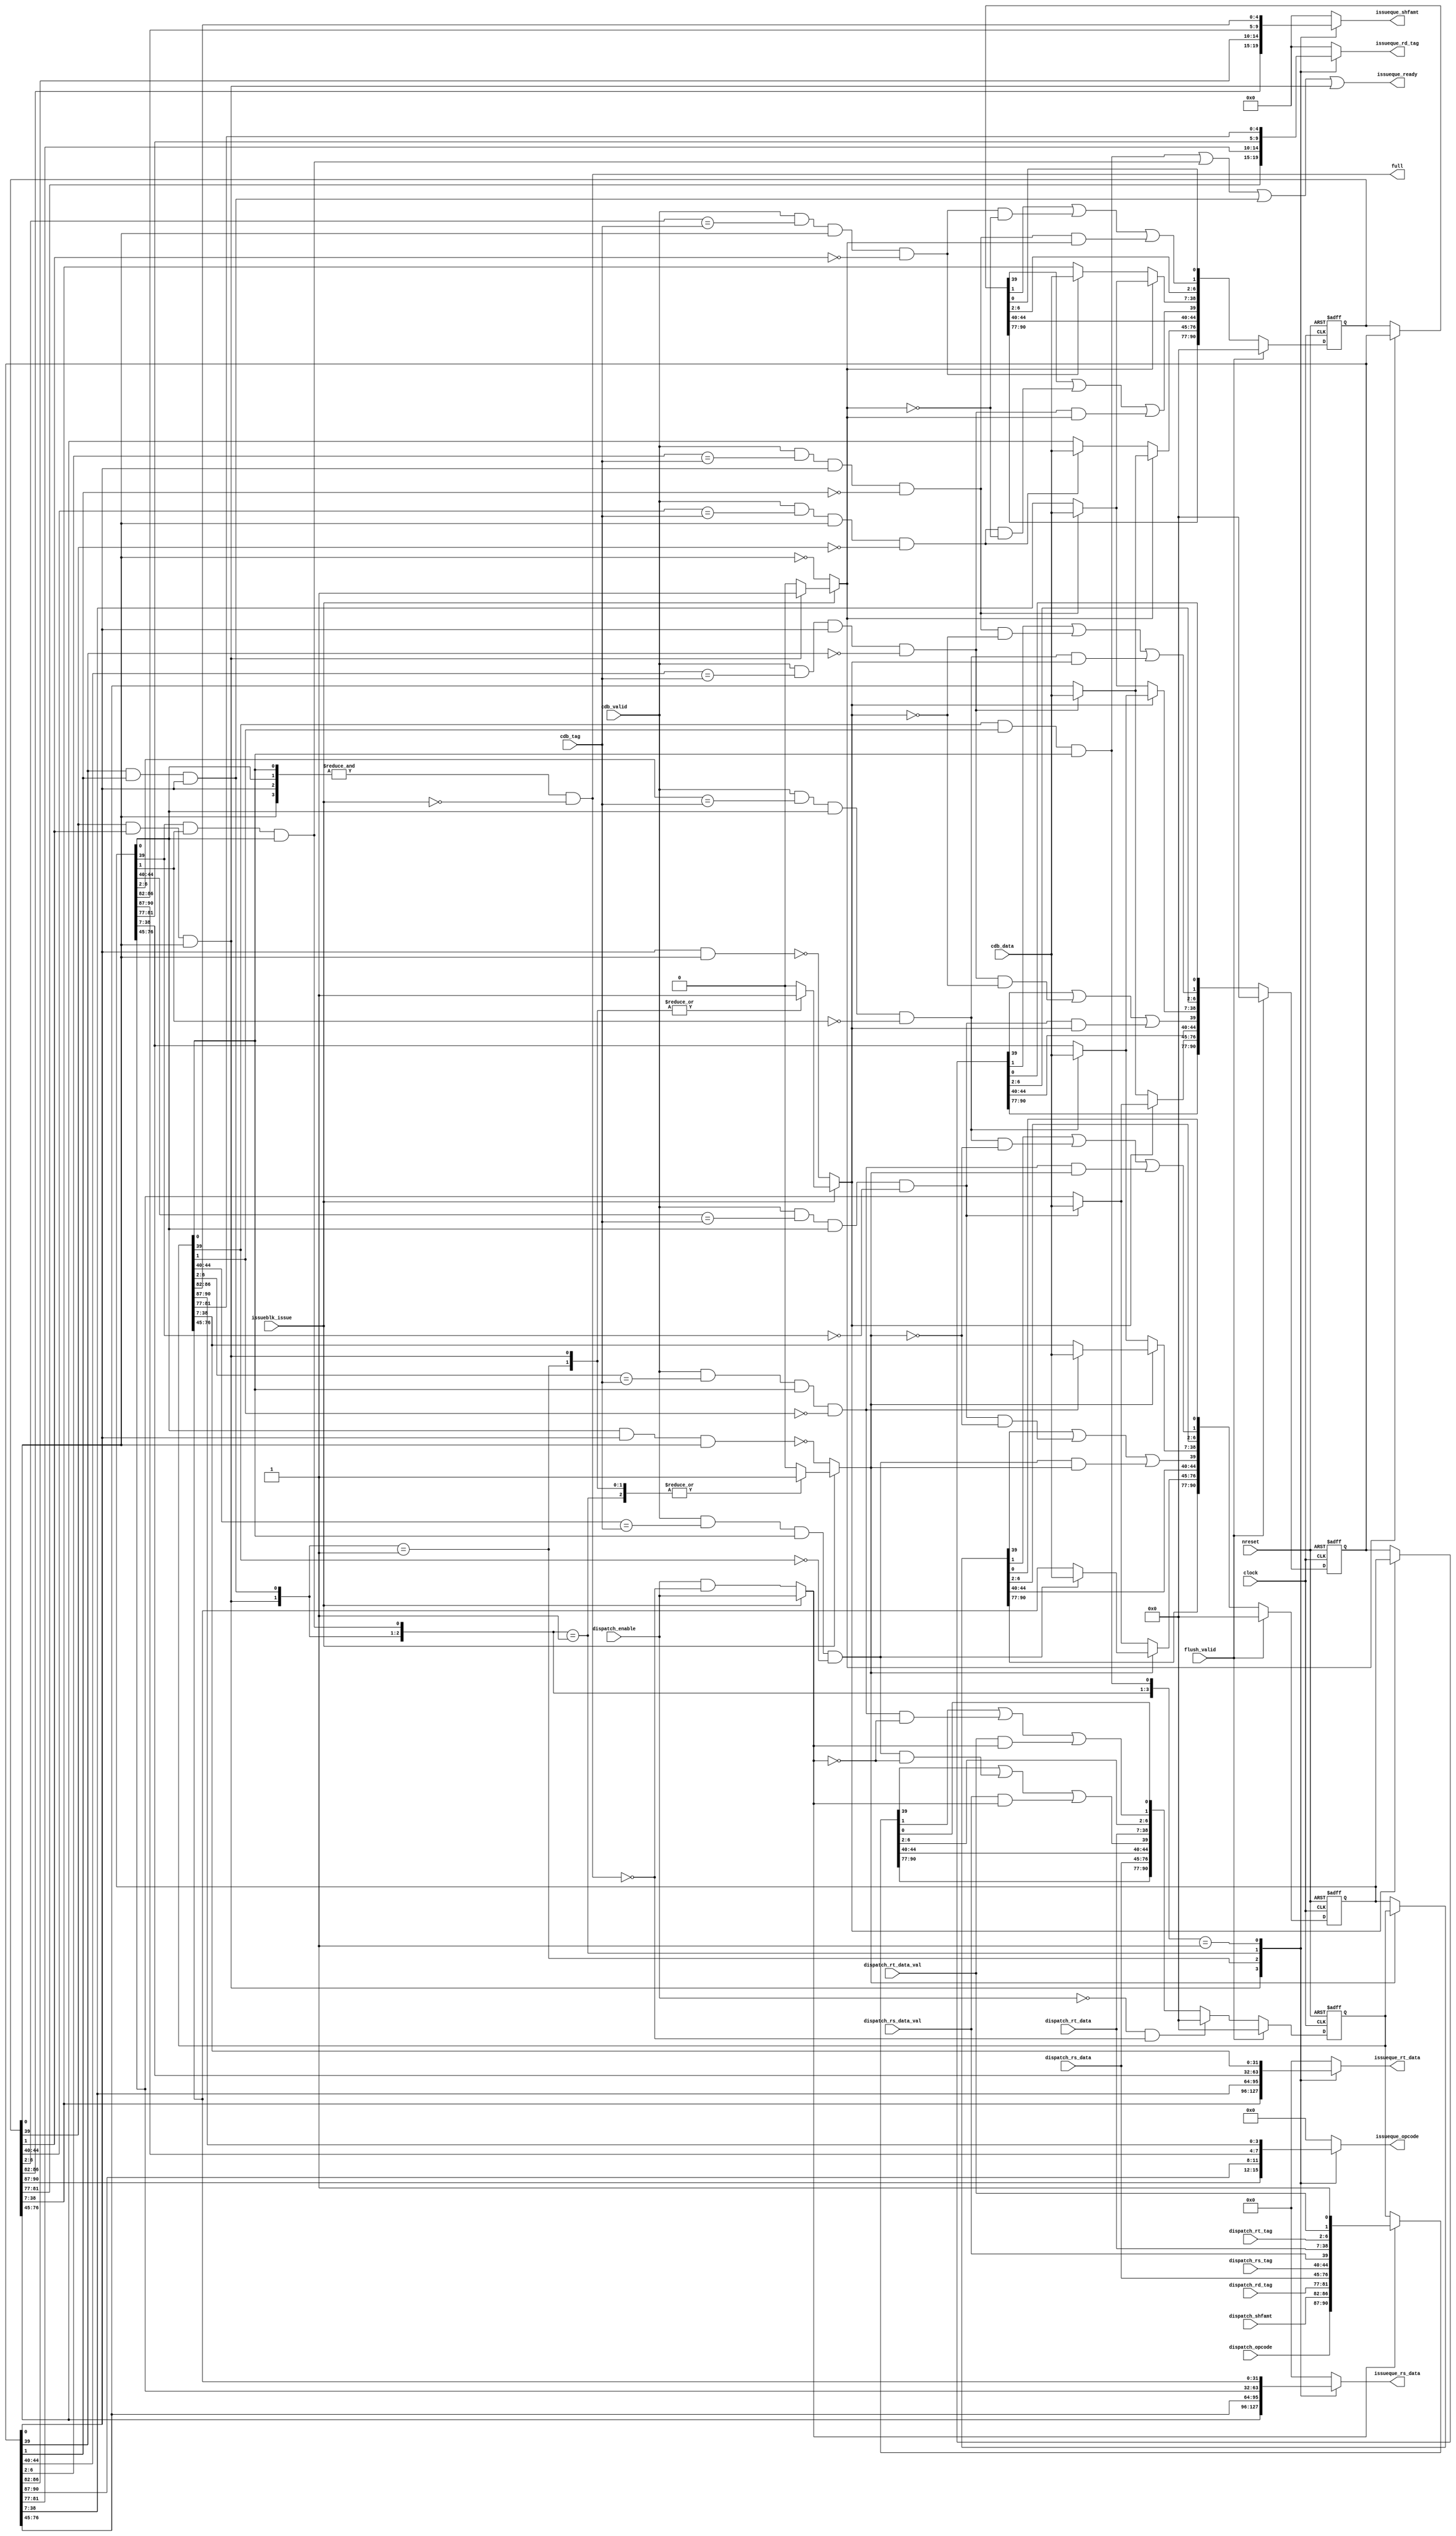
//
//-------------------------------------------------------------------------------------------------
//-------------------------------------------------------------------------------------------------
// modification history
// author          date        description
// Diana Garca    2012-03-30  creation
//-------------------------------------------------------------------------------------------------

//-------------------------------------------------------------------------------------------------
//
// MODULE: integer_queue
//
//-------------------------------------------------------------------------------------------------
module integer_queue (
  clock,
  nreset,
  dispatch_enable,
  dispatch_opcode,
  dispatch_rd_tag,
  dispatch_rs_data,
  dispatch_rs_tag,
  dispatch_rs_data_val,
  dispatch_rt_data,
  dispatch_rt_tag,
  dispatch_rt_data_val,
  dispatch_shfamt,
  full,
  cdb_valid,
  cdb_tag,
  cdb_data,
  issueblk_issue,
  issueque_ready,
  issueque_rs_data,
  issueque_rt_data,
  issueque_rd_tag,
  issueque_opcode,
  issueque_shfamt,
  flush_valid
);

  //-----------------------------------------------------------------------------------------------
  //
  // Parameters
  //
  //-----------------------------------------------------------------------------------------------

  //-----------------------------------------------------------------------------------------------
  //
  // Interfaces
  //
  //-----------------------------------------------------------------------------------------------
  input clock;
  input nreset;

  //-------------------------------------------------------------------------------------------------
  // Dispatch interface
  //-------------------------------------------------------------------------------------------------
  input             dispatch_enable;
  input      [ 3:0] dispatch_opcode;
  input      [ 4:0] dispatch_rd_tag;
  input      [31:0] dispatch_rs_data;
  input      [ 4:0] dispatch_rs_tag;
  input             dispatch_rs_data_val;
  input      [31:0] dispatch_rt_data;
  input      [ 4:0] dispatch_rt_tag;
  input             dispatch_rt_data_val;
  input      [ 4:0] dispatch_shfamt;

  output reg        full;

  //-------------------------------------------------------------------------------------------------
  // CDB interface
  //-------------------------------------------------------------------------------------------------
  input             cdb_valid;
  input      [ 4:0] cdb_tag;
  input      [31:0] cdb_data;

  //-------------------------------------------------------------------------------------------------
  // Issue unit interface
  //-------------------------------------------------------------------------------------------------
  input             issueblk_issue;
  output reg        issueque_ready;
  output reg [31:0] issueque_rs_data;
  output reg [31:0] issueque_rt_data;
  output reg [ 4:0] issueque_rd_tag;
  output reg [ 3:0] issueque_opcode;
  output reg [ 4:0] issueque_shfamt;

  //-------------------------------------------------------------------------------------------------
  // ROB interface
  //-------------------------------------------------------------------------------------------------
  input             flush_valid;

  //-----------------------------------------------------------------------------------------------
  //
  // Internal signals
  //
  //-----------------------------------------------------------------------------------------------
  integer i;
  genvar n;

  //-----------------------------------------------------------------------------------------------
  // Variables
  //-----------------------------------------------------------------------------------------------
  reg [4+5+5+32+5+1+32+5+1+1-1:0] shft_regs [0:3];
  reg [4+5+5+32+5+1+32+5+1+1-1:0] cmpt_data [0:3];
  reg [4+5+5+32+5+1+32+5+1+1-1:0] shft_data [0:3];
  reg [4+5+5+32+5+1+32+5+1+1-1:0] shup_data [0:3];
  reg [31:0] updt_rs_data [0:3];
  reg [31:0] updt_rt_data [0:3];

  reg  [ 3:0] ctrl_shf;
  reg  clear_entry;

  wire [ 3:0] rs_match;
  wire [ 3:0] rt_match;
  wire [ 3:0] rs_data_val;
  wire [ 3:0] rt_data_val;
  wire [ 3:0] entry_valid;
  wire [ 3:0] entry_ready;
  wire [ 3:0] opcode[3:0];
  wire [ 4:0] shfamt[3:0];
  wire [ 4:0] rd_tag[3:0];
  wire [31:0] rs_data[3:0];
  wire [31:0] rt_data[3:0];

  //-----------------------------------------------------------------------------------------------
  //
  // Combinational logic
  //
  //-----------------------------------------------------------------------------------------------

  //-----------------------------------------------------------------------------------------------
  // Internal logic
  //-----------------------------------------------------------------------------------------------
  generate
    for(n = 0; n < 4; n = n + 1) begin: INTEG
      assign rs_match[n]    = cdb_valid & (shft_regs[n][44:40] == cdb_tag) & shft_regs[n][0] & !shft_regs[n][39];
      assign rt_match[n]    = cdb_valid & (shft_regs[n][ 6: 2] == cdb_tag) & shft_regs[n][0] & !shft_regs[n][ 1];
      assign rs_data_val[n] = shft_regs[n][39];
      assign rt_data_val[n] = shft_regs[n][ 1];
      assign entry_valid[n] = shft_regs[n][ 0];
      assign entry_ready[n] = shft_regs[n][39] & shft_regs[n][ 1] & shft_regs[n][0];
      assign opcode[n]      = shft_regs[n][90:87];
      assign shfamt[n]      = shft_regs[n][86:82];
      assign rd_tag[n]      = shft_regs[n][81:77];
      assign rs_data[n]     = shft_regs[n][76:45];
      assign rt_data[n]     = shft_regs[n][38: 7];
    end
  endgenerate

  //-----------------------------------------------------------------------------------------------
  // Continuous output assignments
  //-----------------------------------------------------------------------------------------------
  always @(*) begin
    issueque_ready =
      (entry_ready[0]) |
      (entry_ready[1]) |
      (entry_ready[2]) |
      (entry_ready[3]);

    full = (&entry_valid) & !issueblk_issue;

    casex (entry_ready)
    4'b1xxx: begin
      issueque_rs_data = rs_data[3];
      issueque_rt_data = rt_data[3];
      issueque_rd_tag  = rd_tag [3];
      issueque_opcode  = opcode [3];
      issueque_shfamt  = shfamt [3];
    end
    4'b01xx: begin
      issueque_rs_data = rs_data[2];
      issueque_rt_data = rt_data[2];
      issueque_rd_tag  = rd_tag [2];
      issueque_opcode  = opcode [2];
      issueque_shfamt  = shfamt [2];
    end
    4'b001x: begin
      issueque_rs_data = rs_data[1];
      issueque_rt_data = rt_data[1];
      issueque_rd_tag  = rd_tag [1];
      issueque_opcode  = opcode [1];
      issueque_shfamt  = shfamt [1];
    end
    4'b0001: begin
      issueque_rs_data = rs_data[0];
      issueque_rt_data = rt_data[0];
      issueque_rd_tag  = rd_tag [0];
      issueque_opcode  = opcode [0];
      issueque_shfamt  = shfamt [0];
    end
    default: begin
      issueque_rs_data = 0;
      issueque_rt_data = 0;
      issueque_rd_tag  = 0;
      issueque_opcode  = 0;
      issueque_shfamt  = 0;
    end
    endcase
  end

  //-----------------------------------------------------------------------------------------------
  // Register value computation
  //-----------------------------------------------------------------------------------------------
  always @(*) begin
    shft_data[3] = ctrl_shf[3] ? shft_regs[2] : shft_regs[3];
    shft_data[2] = ctrl_shf[2] ? shft_regs[1] : shft_regs[2];
    shft_data[1] = ctrl_shf[1] ? shft_regs[0] : shft_regs[1];
    shft_data[0] = ctrl_shf[0] ? {
      dispatch_opcode,
      dispatch_shfamt,
      dispatch_rd_tag,
      dispatch_rs_data,
      dispatch_rs_tag,
      dispatch_rs_data_val,
      dispatch_rt_data,
      dispatch_rt_tag,
      dispatch_rt_data_val,
      1'b1
    } : shft_regs[0];

    updt_rs_data[3] = ctrl_shf[3] ? (rs_match[2] ? cdb_data : rs_data[2]) : (rs_match[3] ? cdb_data : rs_data[3]);
    updt_rs_data[2] = ctrl_shf[2] ? (rs_match[1] ? cdb_data : rs_data[1]) : (rs_match[2] ? cdb_data : rs_data[2]);
    updt_rs_data[1] = ctrl_shf[1] ? (rs_match[0] ? cdb_data : rs_data[0]) : (rs_match[1] ? cdb_data : rs_data[1]);
    updt_rs_data[0] = dispatch_rs_data;

    updt_rt_data[3] = ctrl_shf[3] ? (rt_match[2] ? cdb_data : rt_data[2]) : (rt_match[3] ? cdb_data : rt_data[3]);
    updt_rt_data[2] = ctrl_shf[2] ? (rt_match[1] ? cdb_data : rt_data[1]) : (rt_match[2] ? cdb_data : rt_data[2]);
    updt_rt_data[1] = ctrl_shf[1] ? (rt_match[0] ? cdb_data : rt_data[0]) : (rt_match[1] ? cdb_data : rt_data[1]);
    updt_rt_data[0] = dispatch_rt_data;

    shup_data[3] = {shft_data[3][90:77],
      updt_rs_data[3], shft_data[3][44:40], shft_data[3][39] | (rs_match[3] & ~ctrl_shf[3]) | (rs_match[2] & ctrl_shf[3]),
      updt_rt_data[3], shft_data[3][ 6: 2], shft_data[3][ 1] | (rt_match[3] & ~ctrl_shf[3]) | (rt_match[2] & ctrl_shf[3]),
      shft_data[3][0]};
    shup_data[2] = {shft_data[2][90:77],
      updt_rs_data[2], shft_data[2][44:40], shft_data[2][39] | (rs_match[2] & ~ctrl_shf[2]) | (rs_match[1] & ctrl_shf[2]),
      updt_rt_data[2], shft_data[2][ 6: 2], shft_data[2][ 1] | (rt_match[2] & ~ctrl_shf[2]) | (rt_match[1] & ctrl_shf[2]),
      shft_data[2][0]};
    shup_data[1] = {shft_data[1][90:77],
      updt_rs_data[1], shft_data[1][44:40], shft_data[1][39] | (rs_match[1] & ~ctrl_shf[1]) | (rs_match[0] & ctrl_shf[1]),
      updt_rt_data[1], shft_data[1][ 6: 2], shft_data[1][ 1] | (rt_match[1] & ~ctrl_shf[1]) | (rt_match[0] & ctrl_shf[1]),
      shft_data[1][0]};
    shup_data[0] = {shft_data[0][90:77],
      updt_rs_data[0], shft_data[0][44:40], shft_data[0][39] | (rs_match[0] & ~ctrl_shf[0]) | (dispatch_rs_data_val & ctrl_shf[0]),
      updt_rt_data[0], shft_data[0][ 6: 2], shft_data[0][ 1] | (rt_match[0] & ~ctrl_shf[0]) | (dispatch_rt_data_val & ctrl_shf[0]),
      shft_data[0][0]};

    cmpt_data[0] = clear_entry ? 0 : shup_data[0];
    cmpt_data[1] = shup_data[1];
    cmpt_data[2] = shup_data[2];
    cmpt_data[3] = shup_data[3];
  end

  //-----------------------------------------------------------------------------------------------
  // Determine shift control signals
  //-----------------------------------------------------------------------------------------------
  always @(*) begin
    clear_entry = !dispatch_enable && !full;
    if(issueblk_issue) begin
      ctrl_shf[0] = dispatch_enable;
      casex (entry_ready)
      4'b1xxx: begin
        ctrl_shf[1] = 1;
        ctrl_shf[2] = 1;
        ctrl_shf[3] = 1;
      end
      4'b01xx: begin
        ctrl_shf[1] = 1;
        ctrl_shf[2] = 1;
        ctrl_shf[3] = 0;
      end
      4'b001x: begin
        ctrl_shf[1] = 1;
        ctrl_shf[2] = 0;
        ctrl_shf[3] = 0;
      end
      4'b0001: begin
        ctrl_shf[1] = 0;
        ctrl_shf[2] = 0;
        ctrl_shf[3] = 0;
      end
      default: begin
        ctrl_shf[1] = 0;
        ctrl_shf[2] = 0;
        ctrl_shf[3] = 0;
      end
      endcase
    end
    else begin
      ctrl_shf[0] = dispatch_enable && !full;
      ctrl_shf[1] = !(shft_regs[1][0] & shft_regs[2][0] & shft_regs[3][0]);
      ctrl_shf[2] = !(shft_regs[2][0] & shft_regs[3][0]);
      ctrl_shf[3] = !(shft_regs[3][0]);
    end
  end

  //-----------------------------------------------------------------------------------------------
  //
  // Registers
  //
  //-----------------------------------------------------------------------------------------------
  always @(posedge clock, negedge nreset) begin
    if(!nreset) begin
      for(i = 0; i < 4; i = i + 1) begin
        shft_regs[i] <= 0;
      end
    end
    else if(flush_valid) begin
      for(i = 0; i < 4; i = i + 1) begin
        shft_regs[i] <= 0;
      end
    end
    else begin
      shft_regs[0] <= cmpt_data[0];
      shft_regs[1] <= cmpt_data[1];
      shft_regs[2] <= cmpt_data[2];
      shft_regs[3] <= cmpt_data[3];
    end
  end

endmodule